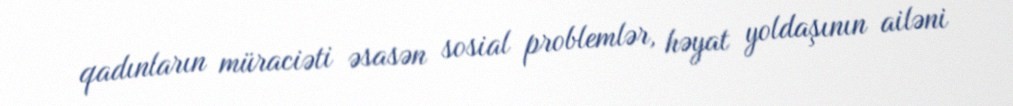
qadınların müraciəti əsasən sosial problemlər, həyat yoldaşının ailəni